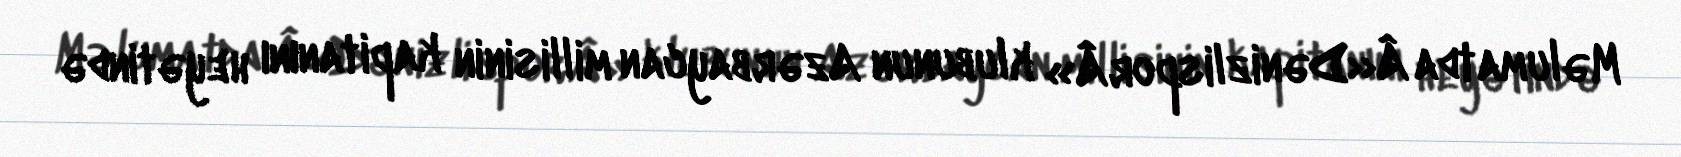
Məlumatda Â«DənizlisporÂ» klubunun Azərbaycan millisinin kapitanını heyətində